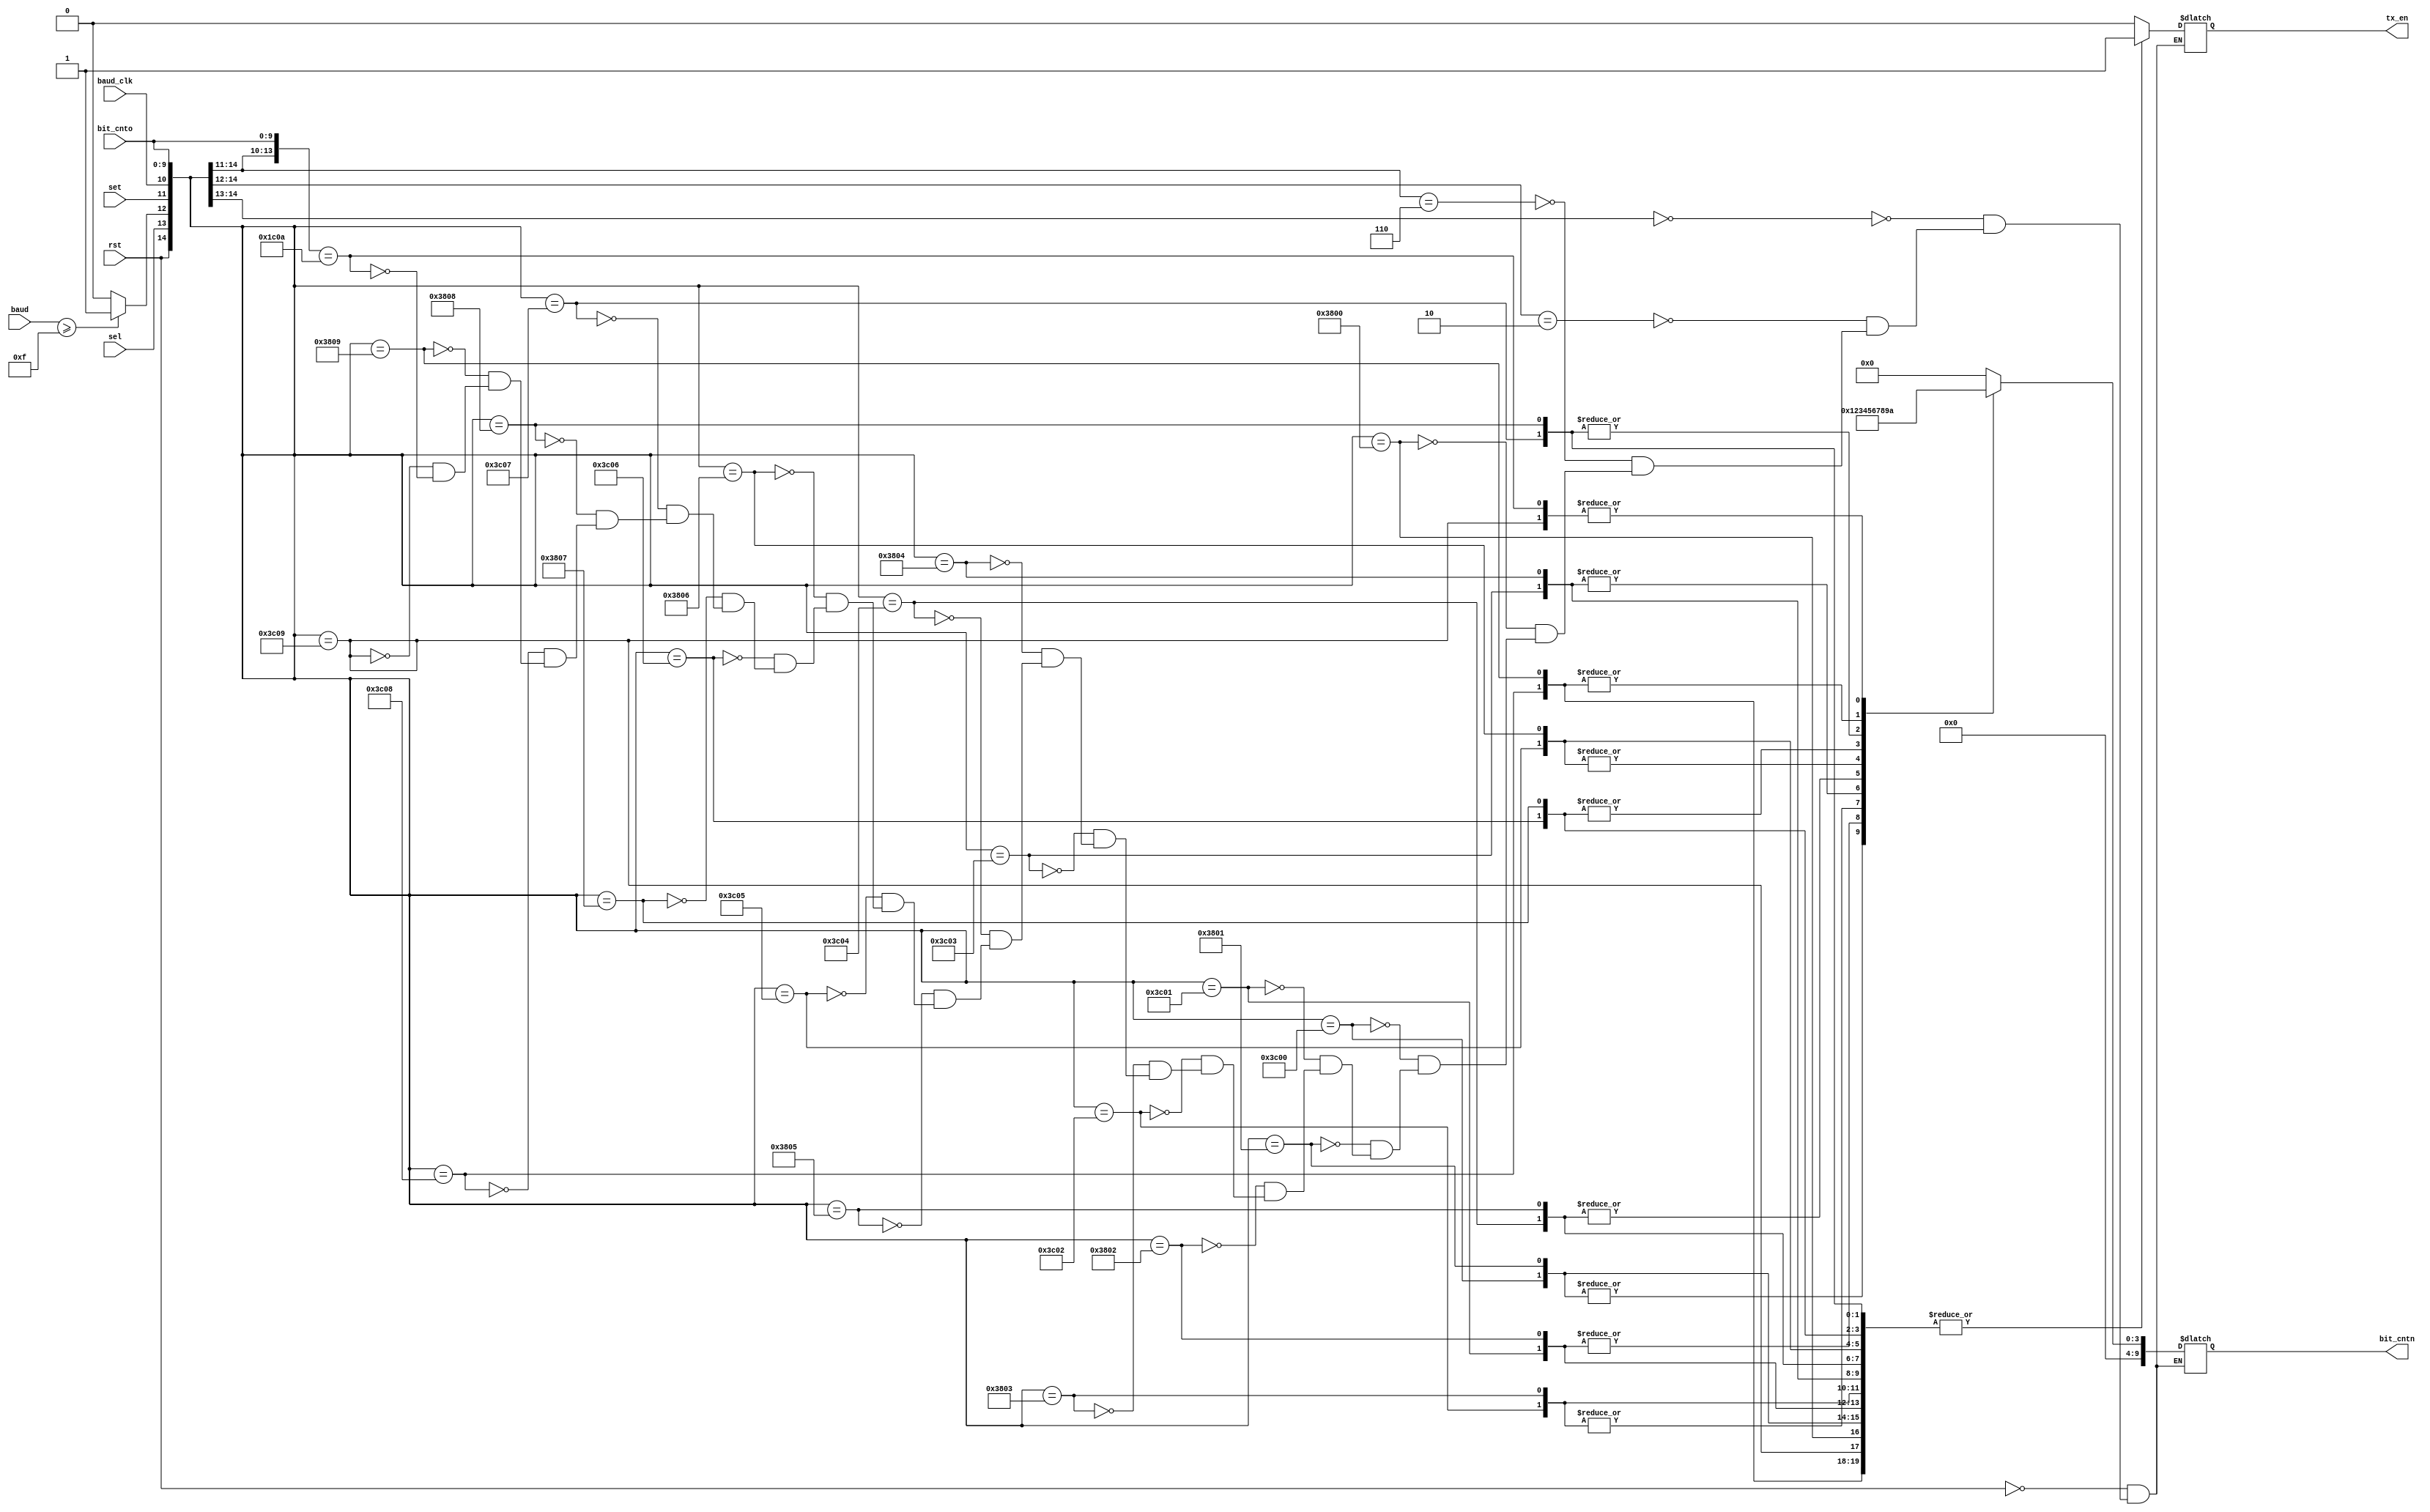
module tx_cp
(
	input wire 			rst,
	input wire			sel,
	input wire 			set,
	input wire 			baud_clk,
	input wire [9:0]  bit_cnto,
	input wire [19:0] baud,
	
	output reg [9:0]  bit_cntn,
	output reg 			tx_en
);

wire valid_baud;

assign valid_baud = (baud >= 20'd15) ? 1'b1 : 1'b0;

always @ *
begin

	casex ({rst, sel, valid_baud, set, baud_clk, bit_cnto})
	
	{1'b1, 1'bx, 1'bx, 1'bx, 1'bx, 10'dx}: {tx_en, bit_cntn} = {1'b0, 10'd0}; // reset control
	
	{1'b0, 1'b0, 1'bx,  1'bx, 1'bx, 10'dx}: {tx_en, bit_cntn} = {1'b0, 10'd0}; // standby
	
	{1'b0, 1'b1, 1'b0,  1'bx, 1'bx, 10'dx}: {tx_en, bit_cntn} = {1'b0, 10'd0}; // invalid baudrate
	
	{1'b0, 1'b1, 1'b1, 1'b0, 1'bx, 10'dx}: {tx_en, bit_cntn} = {1'b0, 10'd0}; // idling
	
	{1'b0, 1'b1, 1'b1, 1'b1, 1'b0, 10'd0}: {tx_en, bit_cntn} = {1'b1, 10'd0}; // Start bit
	{1'b0, 1'b1, 1'b1, 1'b1, 1'b1, 10'd0}: {tx_en, bit_cntn} = {1'b1, 10'd1};
	
	{1'b0, 1'b1, 1'b1, 1'b1, 1'b0, 10'd1}: {tx_en, bit_cntn} = {1'b1, 10'd1}; // din[0]
	{1'b0, 1'b1, 1'b1, 1'b1, 1'b1, 10'd1}: {tx_en, bit_cntn} = {1'b1, 10'd2};
	
	{1'b0, 1'b1, 1'b1, 1'b1, 1'b0, 10'd2}: {tx_en, bit_cntn} = {1'b1, 10'd2}; // din[1]
	{1'b0, 1'b1, 1'b1, 1'b1, 1'b1, 10'd2}: {tx_en, bit_cntn} = {1'b1, 10'd3};
	
	{1'b0, 1'b1, 1'b1, 1'b1, 1'b0, 10'd3}: {tx_en, bit_cntn} = {1'b1, 10'd3}; // din[2]
	{1'b0, 1'b1, 1'b1, 1'b1, 1'b1, 10'd3}: {tx_en, bit_cntn} = {1'b1, 10'd4};
	
	{1'b0, 1'b1, 1'b1, 1'b1, 1'b0, 10'd4}: {tx_en, bit_cntn} = {1'b1, 10'd4}; // din[3]
	{1'b0, 1'b1, 1'b1, 1'b1, 1'b1, 10'd4}: {tx_en, bit_cntn} = {1'b1, 10'd5};
	
	{1'b0, 1'b1, 1'b1, 1'b1, 1'b0, 10'd5}: {tx_en, bit_cntn} = {1'b1, 10'd5}; // din[4]
	{1'b0, 1'b1, 1'b1, 1'b1, 1'b1, 10'd5}: {tx_en, bit_cntn} = {1'b1, 10'd6};
	
	{1'b0, 1'b1, 1'b1, 1'b1, 1'b0, 10'd6}: {tx_en, bit_cntn} = {1'b1, 10'd6}; // din[5]
	{1'b0, 1'b1, 1'b1, 1'b1, 1'b1, 10'd6}: {tx_en, bit_cntn} = {1'b1, 10'd7};
	
	{1'b0, 1'b1, 1'b1, 1'b1, 1'b0, 10'd7}: {tx_en, bit_cntn} = {1'b1, 10'd7}; // din[6]
	{1'b0, 1'b1, 1'b1, 1'b1, 1'b1, 10'd7}: {tx_en, bit_cntn} = {1'b1, 10'd8};
	
	{1'b0, 1'b1, 1'b1, 1'b1, 1'b0, 10'd8}: {tx_en, bit_cntn} = {1'b1, 10'd8}; // din[7]
	{1'b0, 1'b1, 1'b1, 1'b1, 1'b1, 10'd8}: {tx_en, bit_cntn} = {1'b1, 10'd9};
	
	{1'b0, 1'b1, 1'b1, 1'b1, 1'b0, 10'd9}: {tx_en, bit_cntn} = {1'b1, 10'd9}; // stop bit
	{1'b0, 1'b1, 1'b1, 1'b1, 1'b1, 10'd9}: {tx_en, bit_cntn} = {1'b1, 10'd10};
	
	{1'b0, 1'b1, 1'b1, 1'b1, 1'bx, 10'd10}: {tx_en, bit_cntn} = {1'b0, 10'd10}; // end tx
	
	endcase
end

endmodule